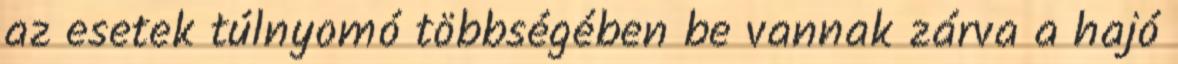
az esetek túlnyomó többségében be vannak zárva a hajó